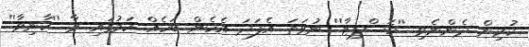
ކުރިން ދެންނެވި ''ހޮސްޕިޓާ'' ނުވަތަ އެފަދަ އެހެން ބަހެއް ކަމުގައި ވާ ''ކާނިވާ''